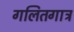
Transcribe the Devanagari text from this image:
गलितगात्र